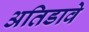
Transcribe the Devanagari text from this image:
अतिडावे